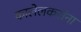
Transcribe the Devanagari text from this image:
कालेलकरांना